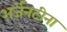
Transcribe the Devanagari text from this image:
अर्जेनटीना